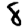
Digit: 8